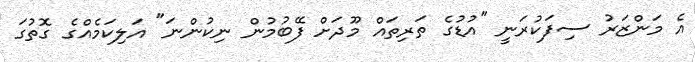
އެ މަންޒަރު ސިފަކުރަނީ "އުޑުގެ ތަރިތައް މޫދަށް ފޭބުމުން ނިކުންނަ" އަލިކަމެއްގެ ގޮތުގަ